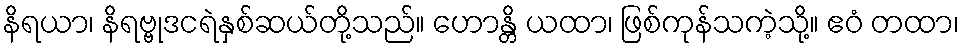
နိရယာ၊ နိရဗ္ဗုဒငရဲနှစ်ဆယ်တို့သည်။ ဟောန္တိ ယထာ၊ ဖြစ်ကုန်သကဲ့သို့။ ဧဝံ တထာ၊